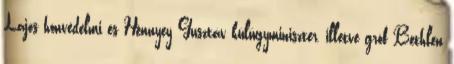
Lajos honvédelmi és Hennyey Gusztáv külügyminiszter, illetve gróf Bethlen